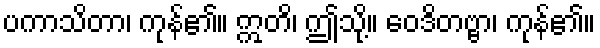
ပကာသိတာ၊ ကုန်၏။ ဣတိ၊ ဤသို့။ ဝေဒိတဗ္ဗာ၊ ကုန်၏။